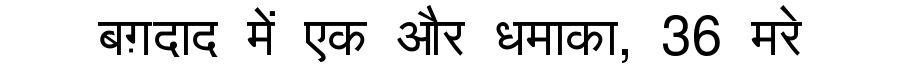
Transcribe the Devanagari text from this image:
बग़दाद में एक और धमाका, 36 मरे